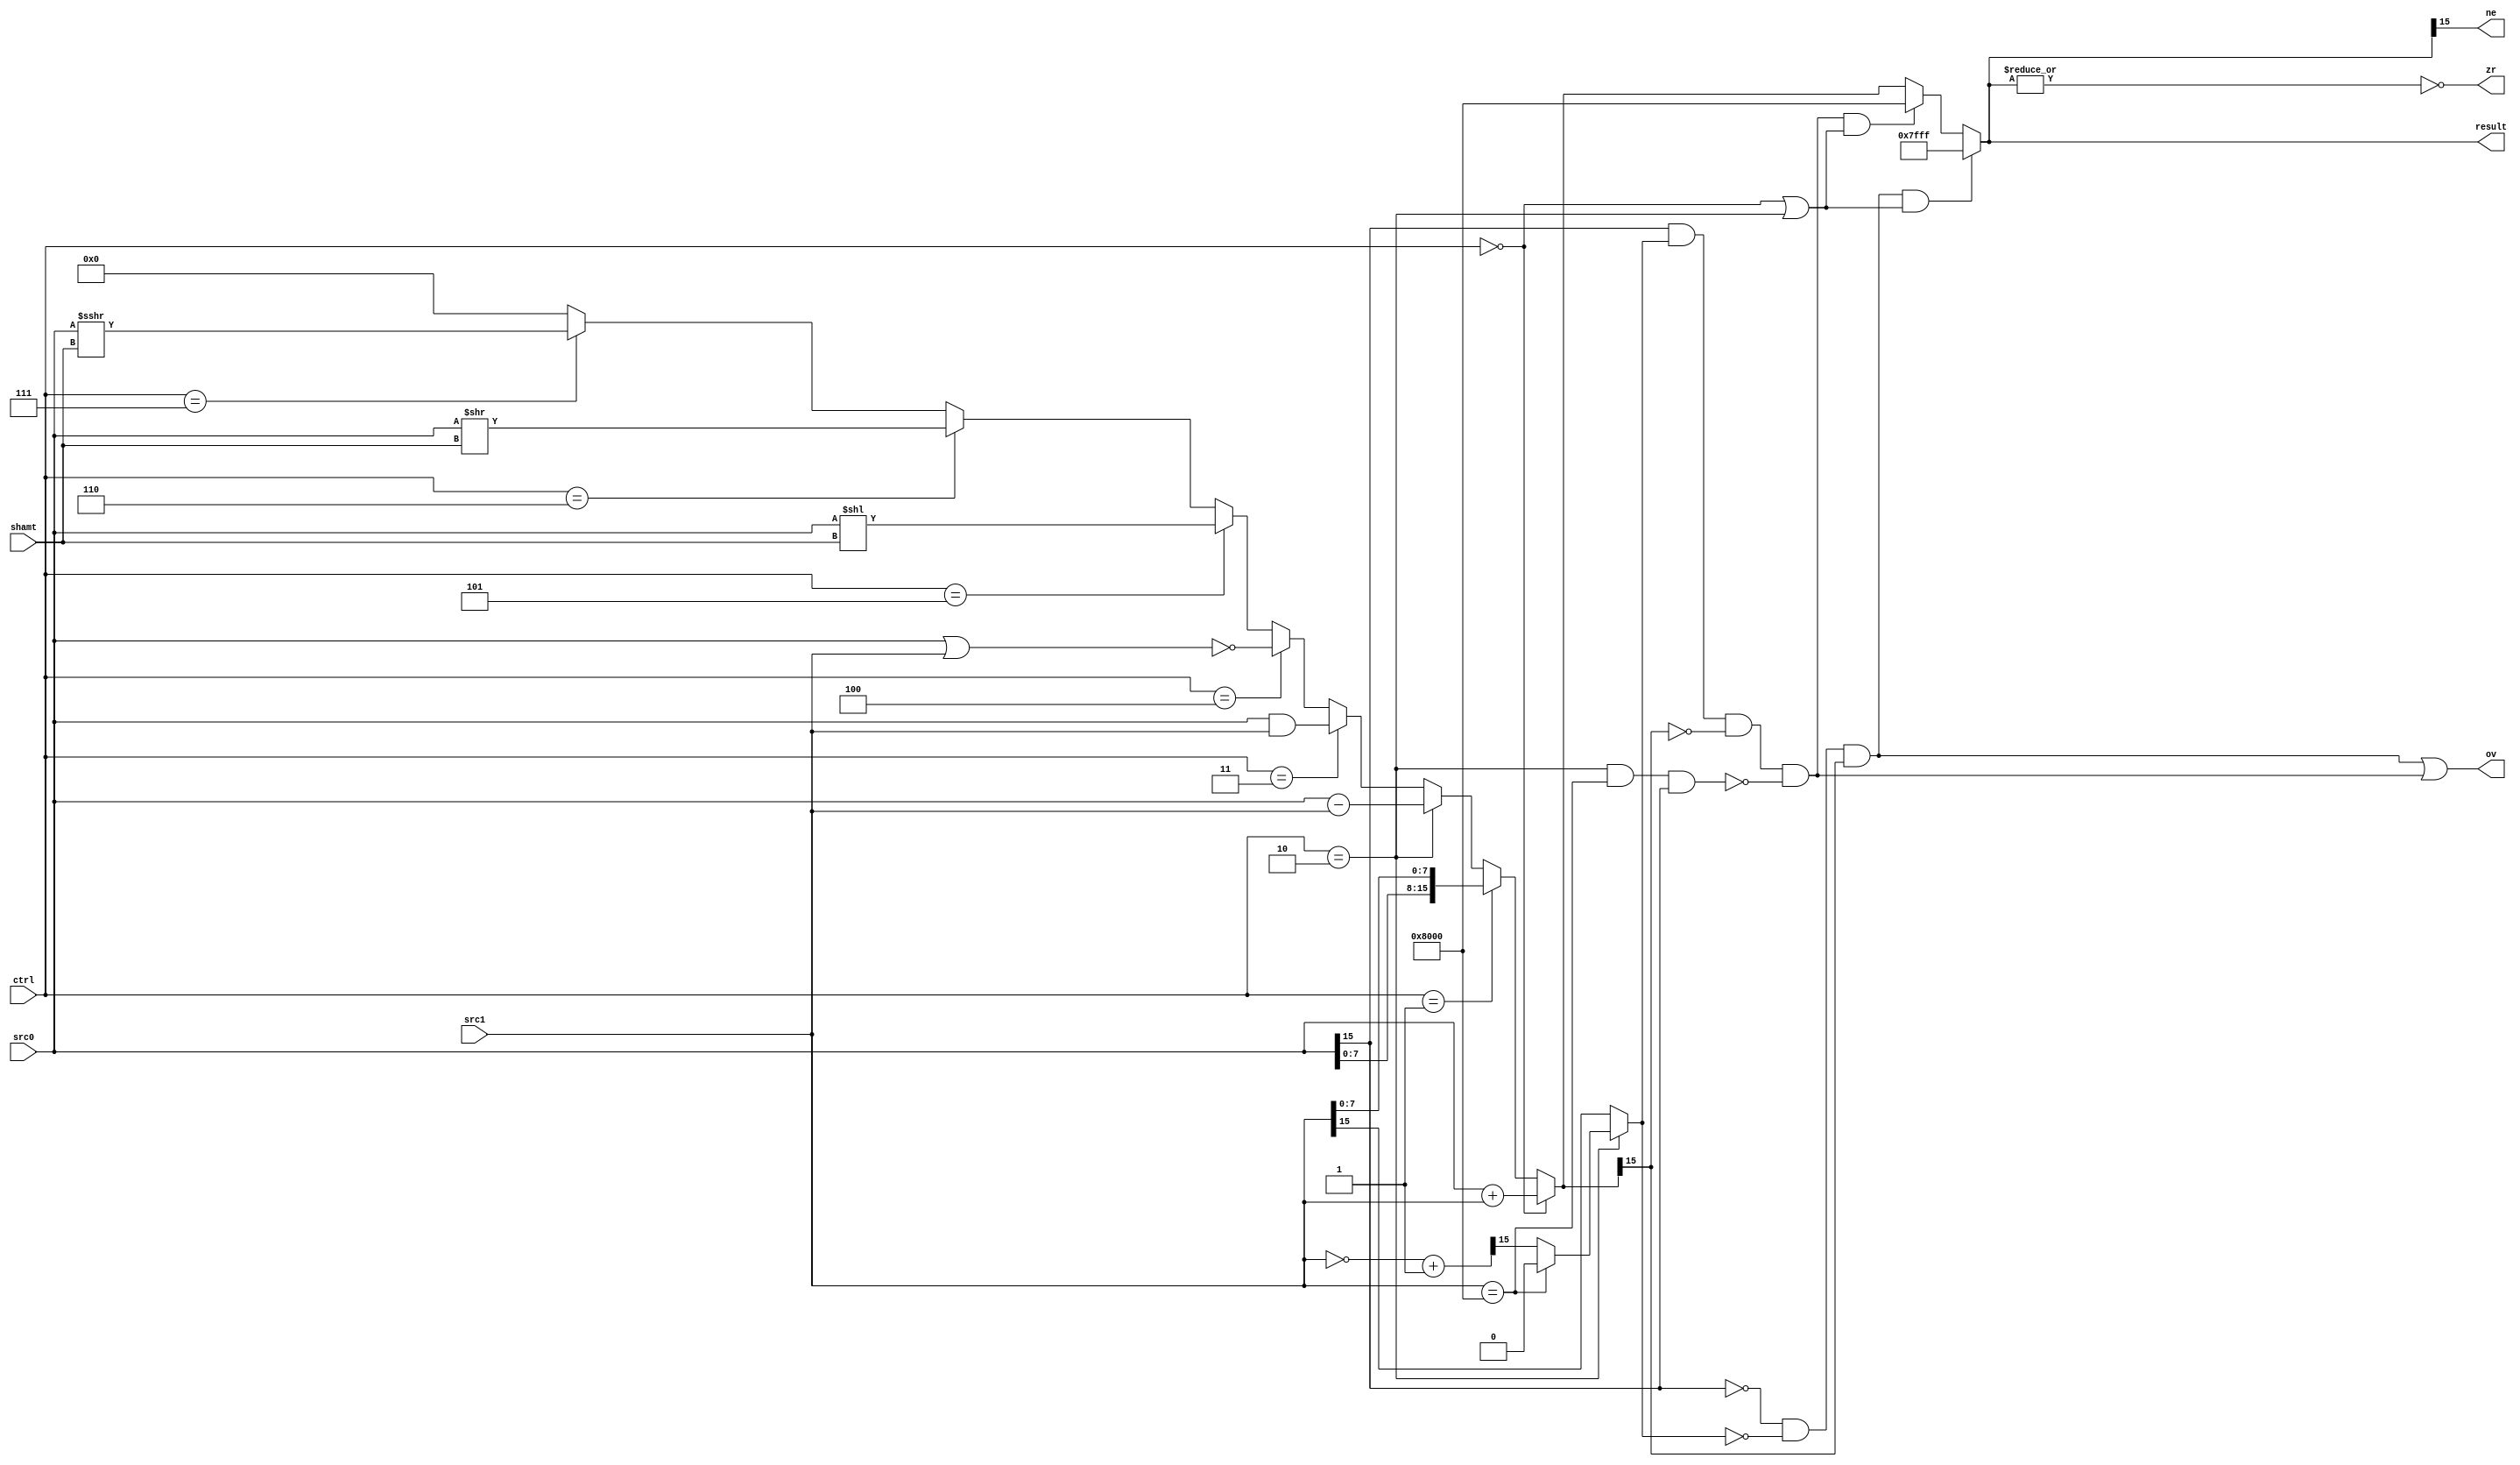
module ALU(src0, src1, ctrl, shamt, result, ov, zr, ne);
  input [15:0] src0, src1;
  input [2:0] ctrl;
  input [3:0] shamt;
  
  output [15:0] result;
  output ov, zr, ne;

  wire [15:0] unsat, subOp;

  localparam add = 3'b000; // Accounts for both add and addz
  localparam lhb = 3'b001;
  localparam sub = 3'b010;
  localparam andy = 3'b011;
  localparam nory = 3'b100;
  localparam sll = 3'b101;
  localparam srl = 3'b110;
  localparam sra = 3'b111;

  assign unsat = (ctrl==add) ? src0+src1:
                 (ctrl==lhb) ? {src0[7:0], src1[7:0]}:
                 (ctrl==sub) ? src0-src1:
                 (ctrl==andy)? src0&src1:
                 (ctrl==nory)? ~(src0|src1):
                 (ctrl==sll) ? src0<<shamt:
                 (ctrl==srl) ? src0>>shamt:
                 (ctrl==sra) ? {$signed(src0) >>> shamt}:
                 17'h00000; // It will never reach here logically

  // When checking msbs for overflow, we need the actual bits operated on
  // Complementing 0x8000 => 0x8000, so set it to 0x0000 to make it positive instead
  assign subOp = ~src1 + 1'b1;
  assign src1Sign = ctrl==sub ? ((src1==16'h8000) ? 1'b0 : subOp[15]) : src1[15];          

  // Positive operands; Negative result
  // There is a corner case when subtracting with 0x8000, since the positive complement doesn't exist
  assign subCornerCase = !(ctrl==sub && src1 == 16'h8000 && src0[15]); 
  assign negativeOverflow = (src0[15] && src1Sign && !unsat[15] && subCornerCase);
  
  // Negative operands; Positive result
  assign positiveOverflow = (!src0[15] && !src1Sign && unsat[15]);

  // Set Result
  assign result = (positiveOverflow && (ctrl==add || ctrl==sub)) ? 16'h7fff :
               (negativeOverflow && (ctrl==add || ctrl==sub)) ? 16'h8000 : unsat;

  // Only set overflow for add, addz, sub
  assign ov = (positiveOverflow || negativeOverflow);

  assign zr = ~|result;

  // Only set negative for add, addz, sub 
  assign ne = result[15];
  
endmodule